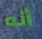
أنه